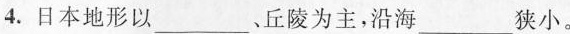
4.日本地形以___丘陵为主，沿海___狭小。